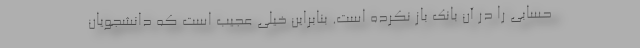
حسابی را در آن بانک باز نکرده است. بنابراین خیلی عجیب است که دانشجویان